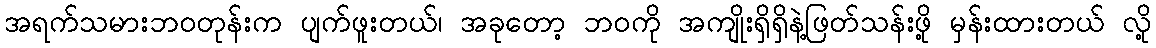
အရက်သမားဘဝတုန်းက ပျက်ဖူးတယ်၊ အခုတော့ ဘ၀ကို အကျိုးရှိရှိနဲ့ဖြတ်သန်းဖို့ မှန်းထားတယ် လို့